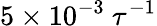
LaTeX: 5\times 10^{-3}~\tau^{-1}